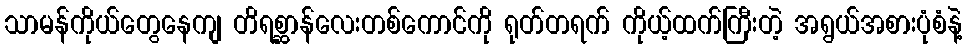
သာမန်ကိုယ်တွေနေကျ တိရစ္ဆာန်လေးတစ်ကောင်ကို ရုတ်တရက် ကိုယ့်ထက်ကြီးတဲ့ အရွယ်အစားပုံစံနဲ့